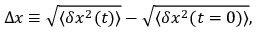
\Delta x \equiv \sqrt { \langle \delta x ^ { 2 } ( t ) \rangle } - \sqrt { \langle \delta x ^ { 2 } ( t = 0 ) \rangle } ,